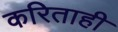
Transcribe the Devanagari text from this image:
करिताही